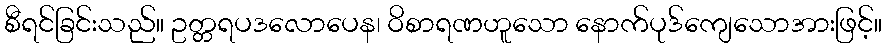
စီရင်ခြင်းသည်။ ဥတ္တရပဒလောပေန၊ ဝိစာရဏဟူသော နောက်ပုဒ်ကျေသောအားဖြင့်။